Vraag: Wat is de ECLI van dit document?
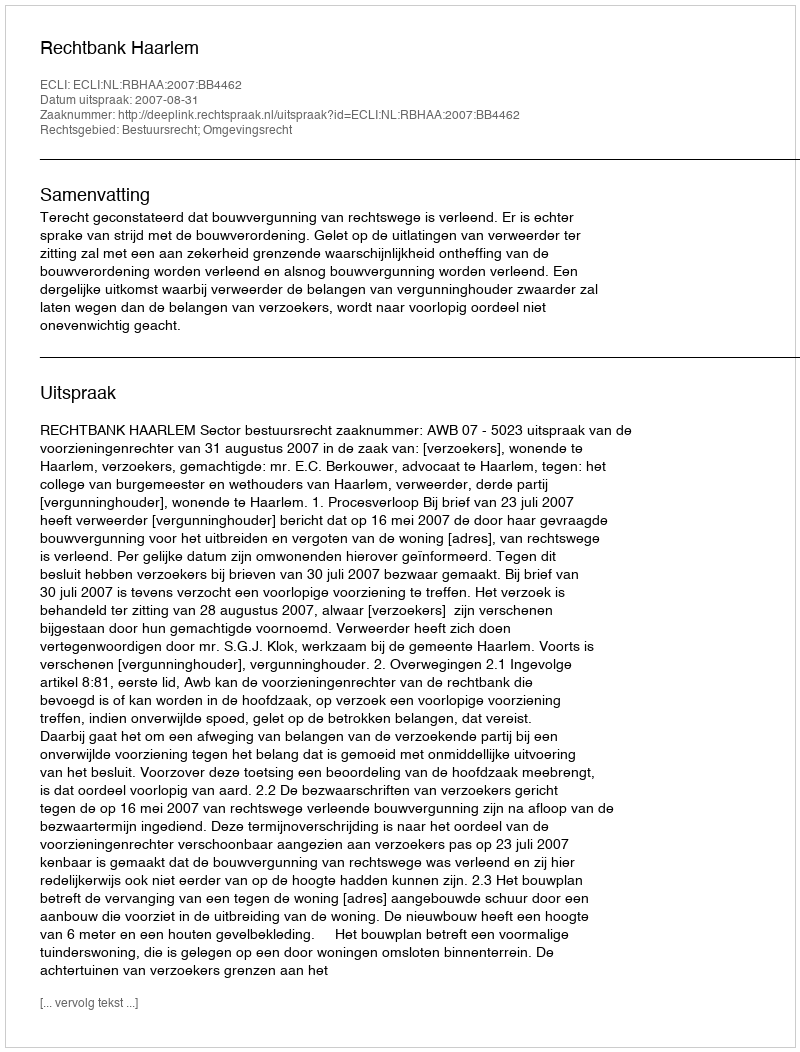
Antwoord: ECLI:NL:RBHAA:2007:BB4462